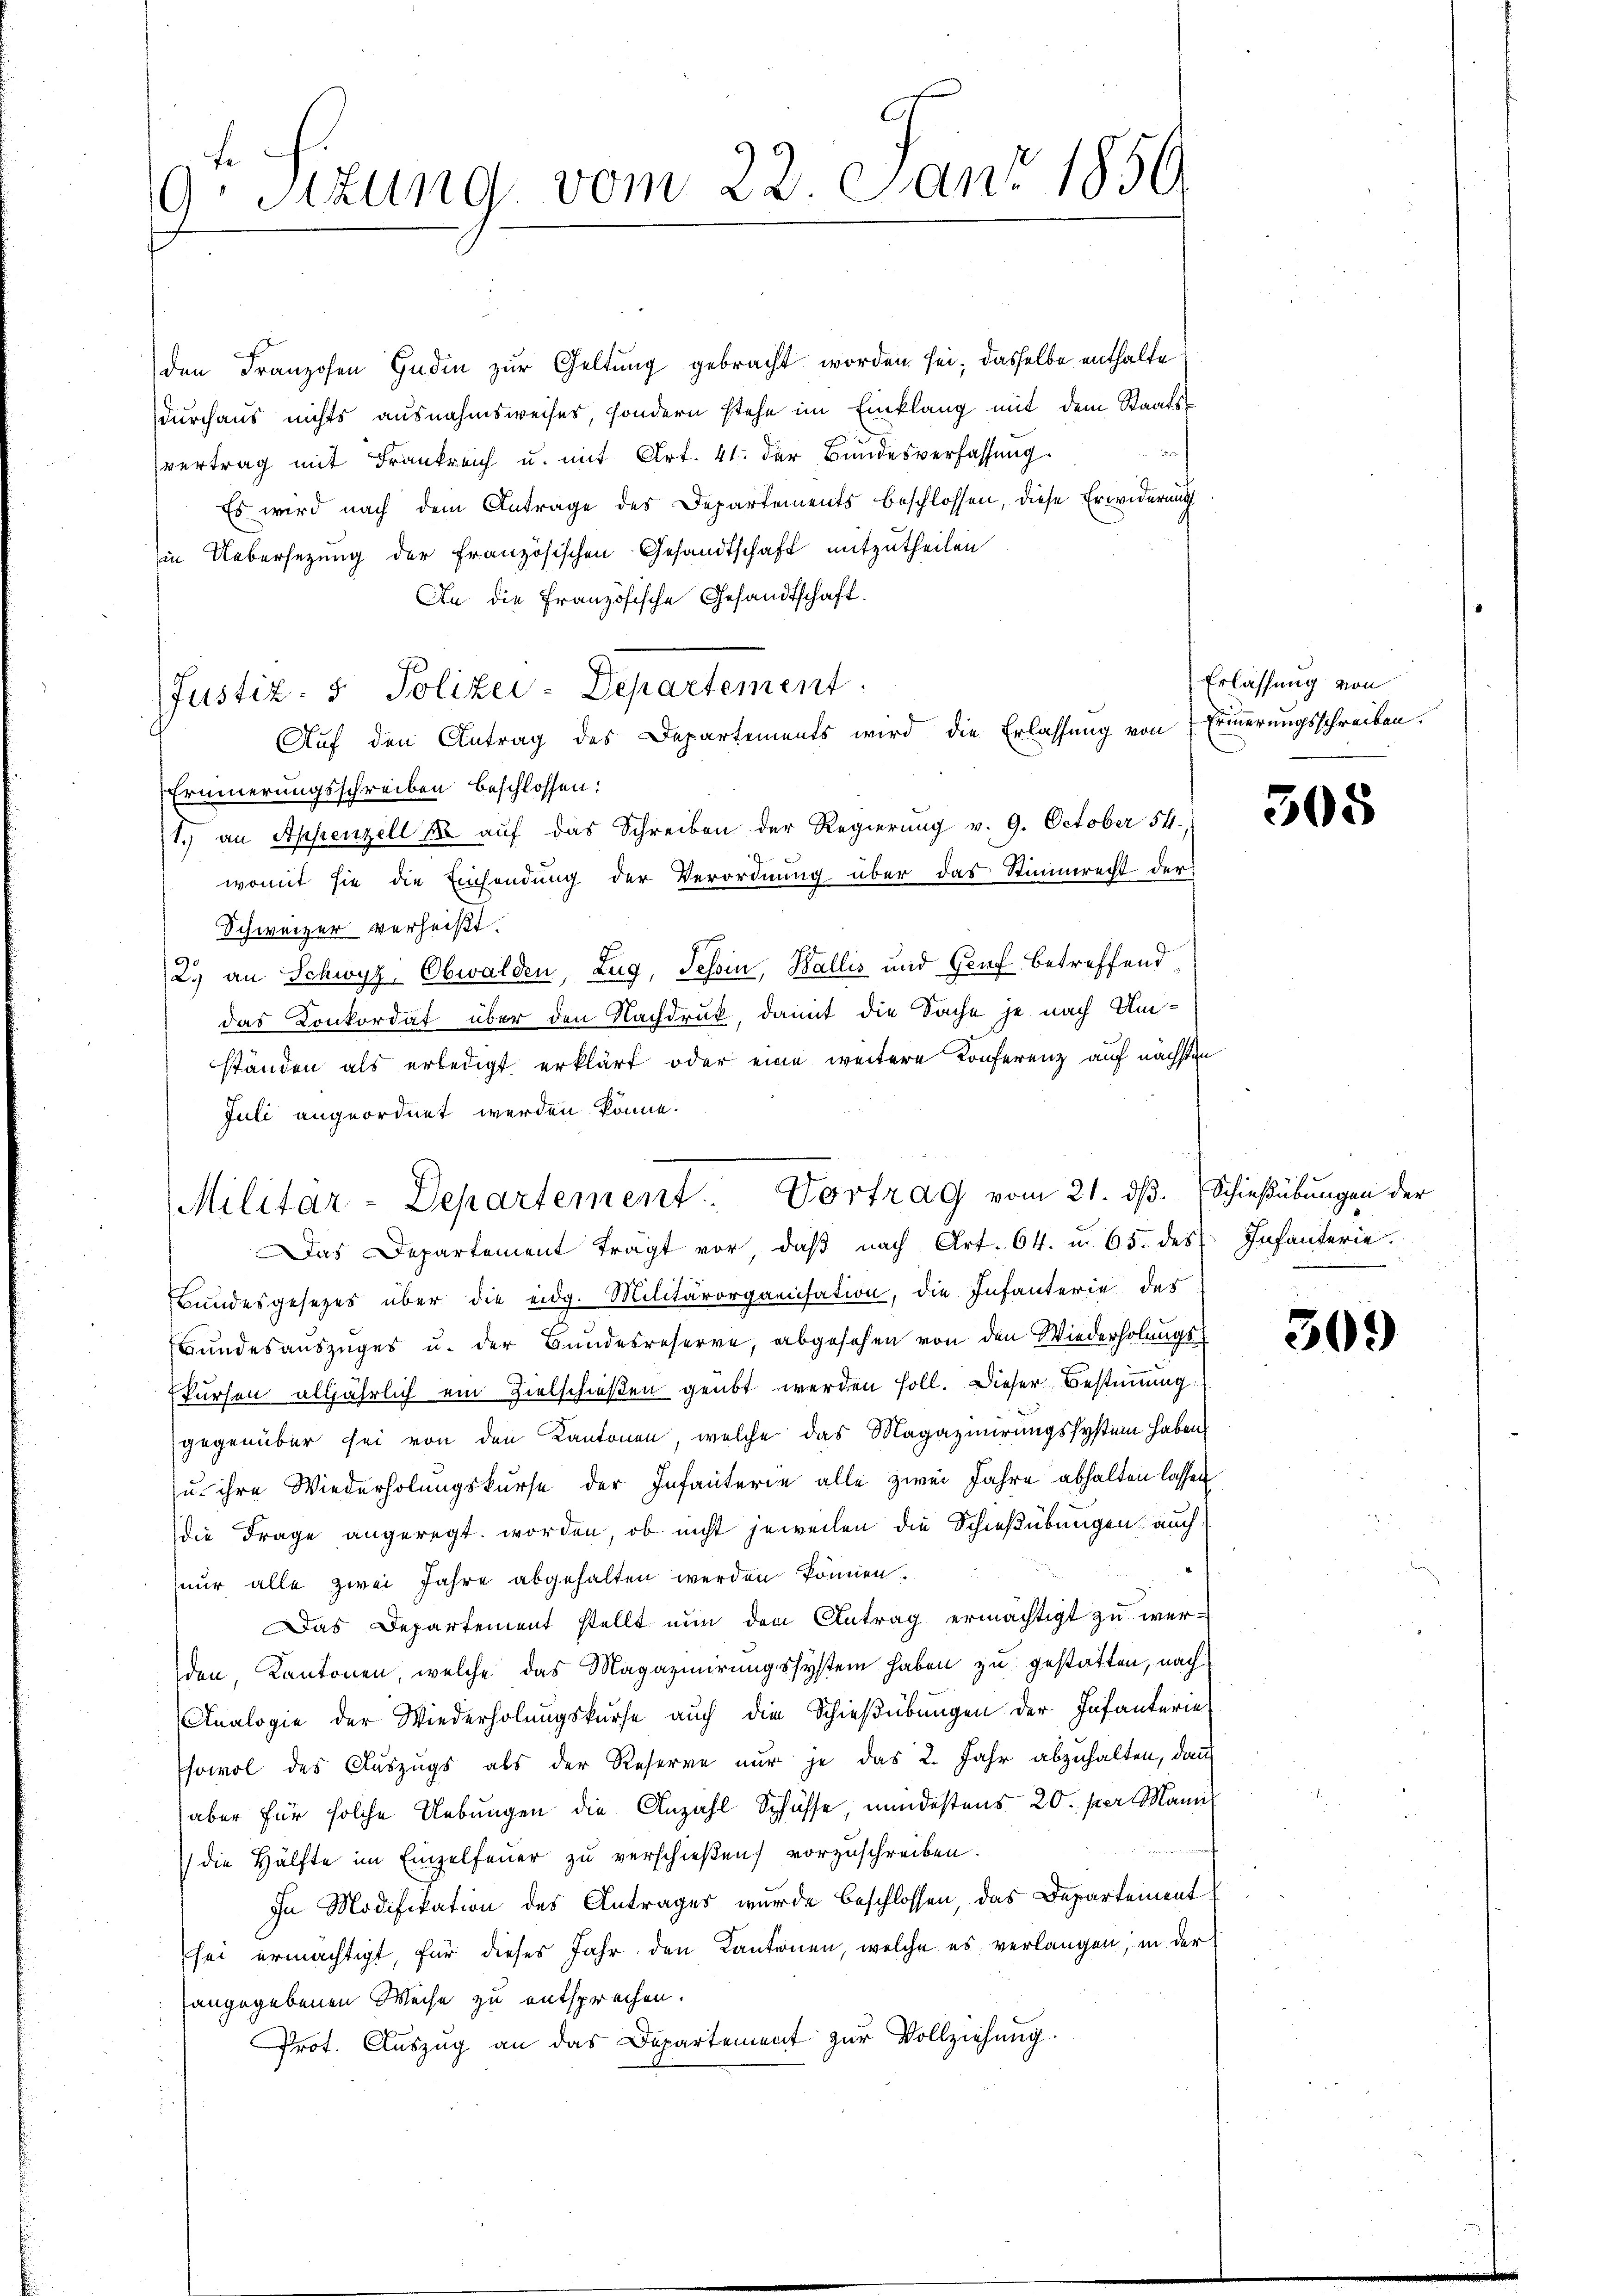
f
9. Sitzung vom 22. Juni 1859

den Franzosen Endin zur Geltung gebracht worden sei; dasselbe enthalte
durchaus nichts ausnahmsweiser, sondern stehe im Einklang mit dem Staatsvertrag mit Frankreich u. mit Art. 41. der Bundesverfassung.
Es wird nach dem Antrage des Departements beschlossen, diese Erwiderung
in Uebersezung der französischen Gesandtschaft mitzutheilen
An die Französische Gesandtschaft.
Justiz- & Polizei-Departement.
Auf den Antrag des Departements wird die Erlassung von Erinnerungsschreiben.
Erinnerungsschreiben beschlossen:
1.) an Appenzell k auf das Schreiben der Regierung v. 9. October 54,
womit sie die Einsendung der Verordnung über das Stimmrecht der
Schweizer verheißt.
2.) an Schwyz, Obwalden, Zug, Tessin, Wallis und Genf betreffend
das Konkordat über den Nachdruk, damit die Sache je nach Umständen als erledigt erklärt oder eine weitere Konferenz auf nächsten
Juli angeordnet werden könne.
Das Departement trägt vor, daβ nach Art. 64. u. 65. des Infanterie
Bundesgesezes über die eidg. Militärorganisation, die Infanterie des
Bundesauszuges u. der Bundesreserve, abgesehen von den Wiederholungsskursen alljährlich ein Zielschießen geübt werden soll. Dieser Bestimmung
gegenüber sei von den Kantonen, welche das Magazinirungssystem haben,
u. ihre Wiederholungskurse der Infanterie alle zwei Jahre abhalten lassen
die Frage angeregt worden, ob nicht jeweilen die Schießübungen auch
nur alle zwei Jahre abgehalten werden können.
Das Departement stellt nun dem Antrag ermächtigt zu wer-
den, Kantonen, welche das Magazinirungssystem haben zu gestatten, nach
Analogie der Wiederholungskurse auch die Schießübungen der Infanterie
sowol des Auszugs als der Reserve nur je das 2. Jahr abzuhalten, dann
(aber für solche Uebungen die Anzahl Schüsse, mindestens 20. per Mann
die Hälfte im Einzelfeuer zu verschießen, vorzuschreiben.
In Modifikation des Antrages wurde beschlossen, das Departement
sei ermächtigt, für dieses Jahr den Kantonen, welche es verlangen, in der
angegebenen Weise zu entsprechen.
Prot. Auszug an das Departement zur Vollziehung

Militar-Departement. Vortrag vom 21. dβ. Schießübungen der

Erlassung von

505

309